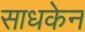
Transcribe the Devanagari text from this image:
साधकेन